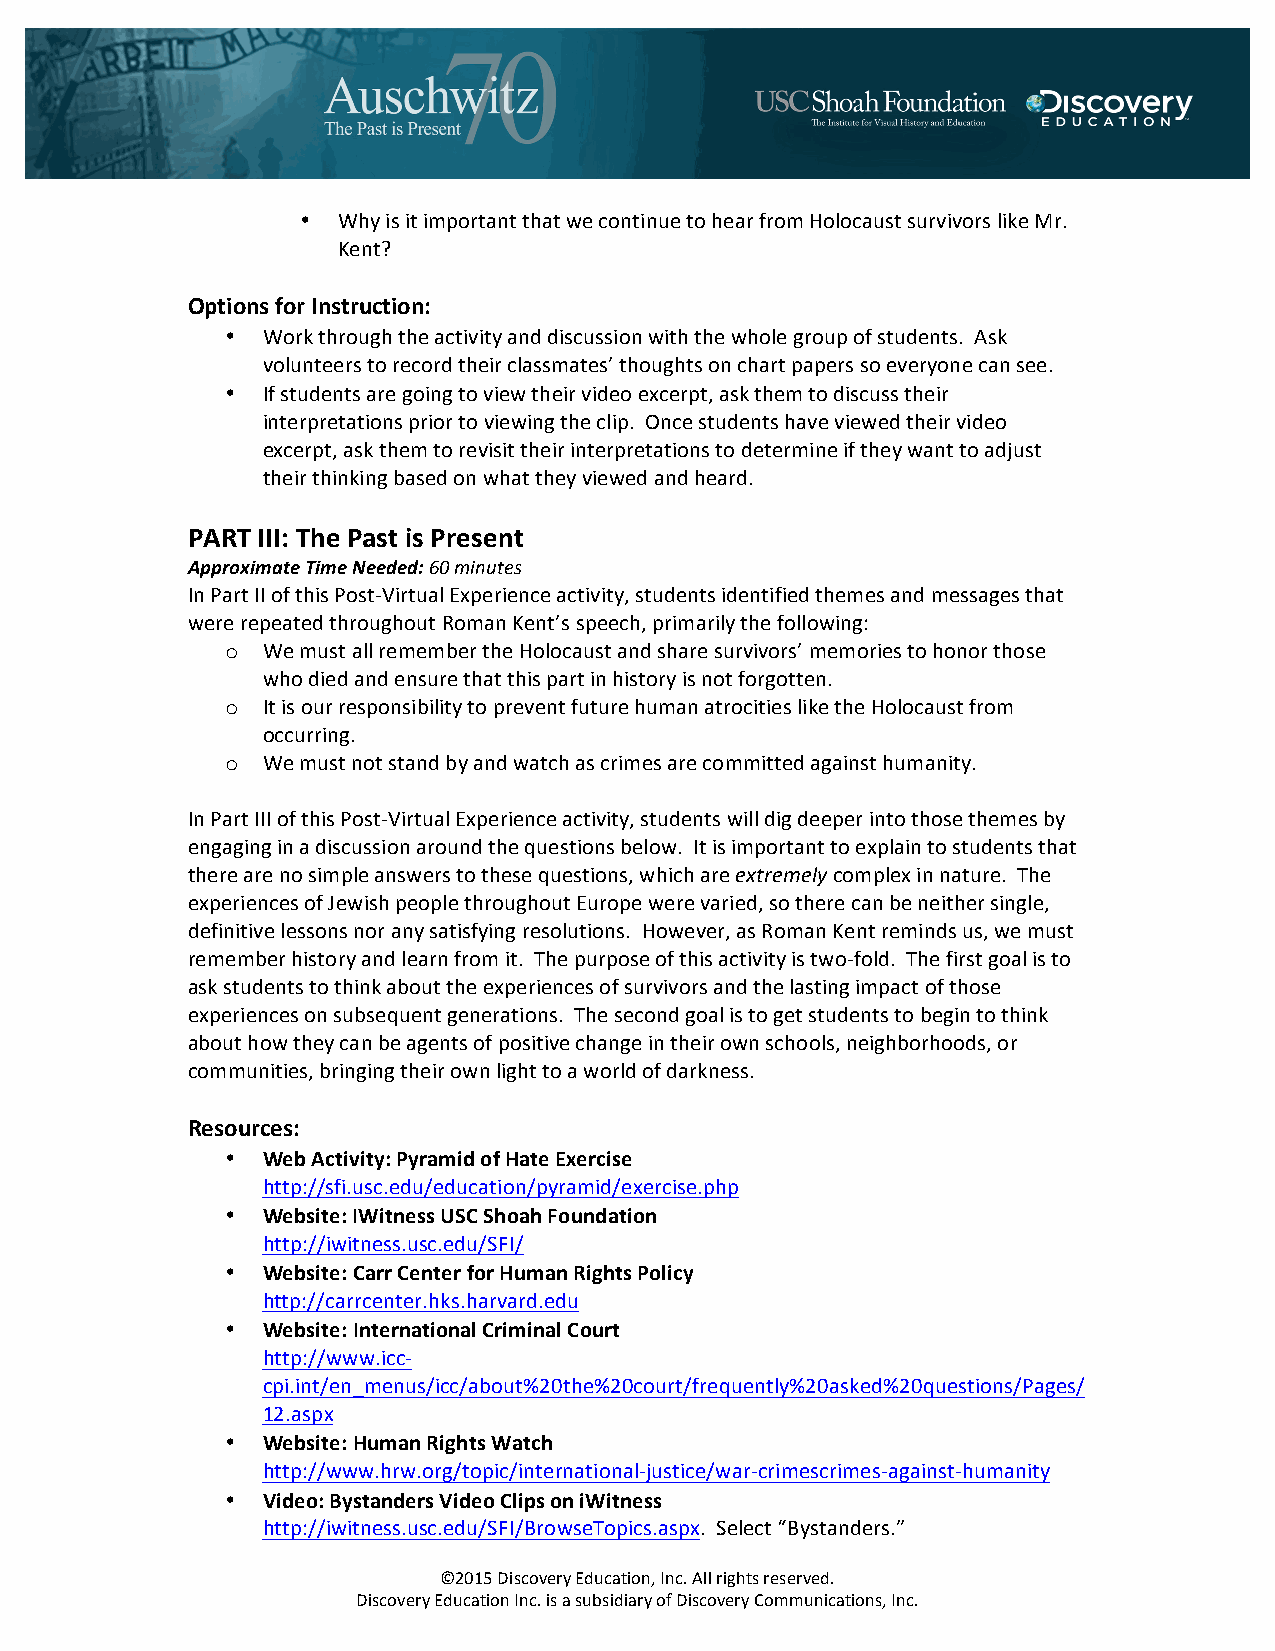
• Why is it important that we continue to hear from Holocaust survivors like Mr.
 Kent?
 Options for Instruction:
 • Work through the activity and discussion with the whole group of students. Ask
 volunteers to record their classmates’ thoughts on chart papers so everyone can see.
 • If students are going to view their video excerpt, ask them to discuss their
 interpretations prior to viewing the clip. Once students have viewed their video
 excerpt, ask them to revisit their interpretations to determine if they want to adjust
 their thinking based on what they viewed and heard.
 PART III: The Past is Present
 Approximate Time Needed: 60 minutes
 In Part II of this Post-­‐Virtual Experience activity, students identified themes and messages that
 were repeated throughout Roman Kent’s speech, primarily the following:
 o We must all remember the Holocaust and share survivors’ memories to honor those
 who died and ensure that this part in history is not forgotten.
 o It is our responsibility to prevent future human atrocities like the Holocaust from
 occurring.
 o We must not stand by and watch as crimes are committed against humanity.
 In Part III of this Post-­‐Virtual Experience activity, students will dig deeper into those themes by
 engaging in a discussion around the questions below. It is important to explain to students that
 there are no simple answers to these questions, which are extremely complex in nature. The
 experiences of Jewish people throughout Europe were varied, so there can be neither single,
 definitive lessons nor any satisfying resolutions. However, as Roman Kent reminds us, we must
 remember history and learn from it. The purpose of this activity is two-­‐fold. The first goal is to
 ask students to think about the experiences of survivors and the lasting impact of those
 experiences on subsequent generations. The second goal is to get students to begin to think
 about how they can be agents of positive change in their own schools, neighborhoods, or
 communities, bringing their own light to a world of darkness.
 Resources:
 • Web Activity: Pyramid of Hate Exercise
 http://sfi.usc.edu/education/pyramid/exercise.php
 • Website: IWitness USC Shoah Foundation
 http://iwitness.usc.edu/SFI/
 • Website: Carr Center for Human Rights Policy
 http://carrcenter.hks.harvard.edu
 • Website: International Criminal Court
 http://www.icc-­‐
 cpi.int/en_menus/icc/about%20the%20court/frequently%20asked%20questions/Pages/
 12.aspx
 • Website: Human Rights Watch
 http://www.hrw.org/topic/international-­‐justice/war-­‐crimescrimes-­‐against-­‐humanity
 • Video: Bystanders Video Clips on iWitness
 http://iwitness.usc.edu/SFI/BrowseTopics.aspx. Select “Bystanders.”
 ©2015 Discovery Education, Inc. All rights reserved.
 Discovery Education Inc. is a subsidiary of Discovery Communications, Inc.